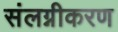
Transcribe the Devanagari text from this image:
संलग्नीकरण